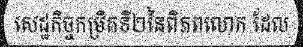
សេដ្ឋកិច្ចកម្រិតទី២នៃពិភពលោក ដែល